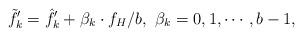
LaTeX: \begin{align*} {\tilde f'_k} = {{{\hat f'}_k} + \beta_{k} \cdot {f_H}}/b,~\beta_{k} = 0,1, \cdots ,b - 1,\end{align*}